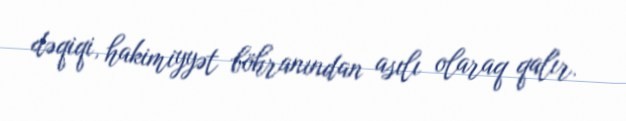
dəqiqi, hakimiyyət böhranından asılı olaraq qalır.